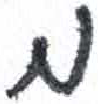
אות: מ